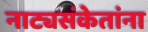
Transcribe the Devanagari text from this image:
नाट्यसंकेतांना